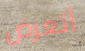
أتعرض